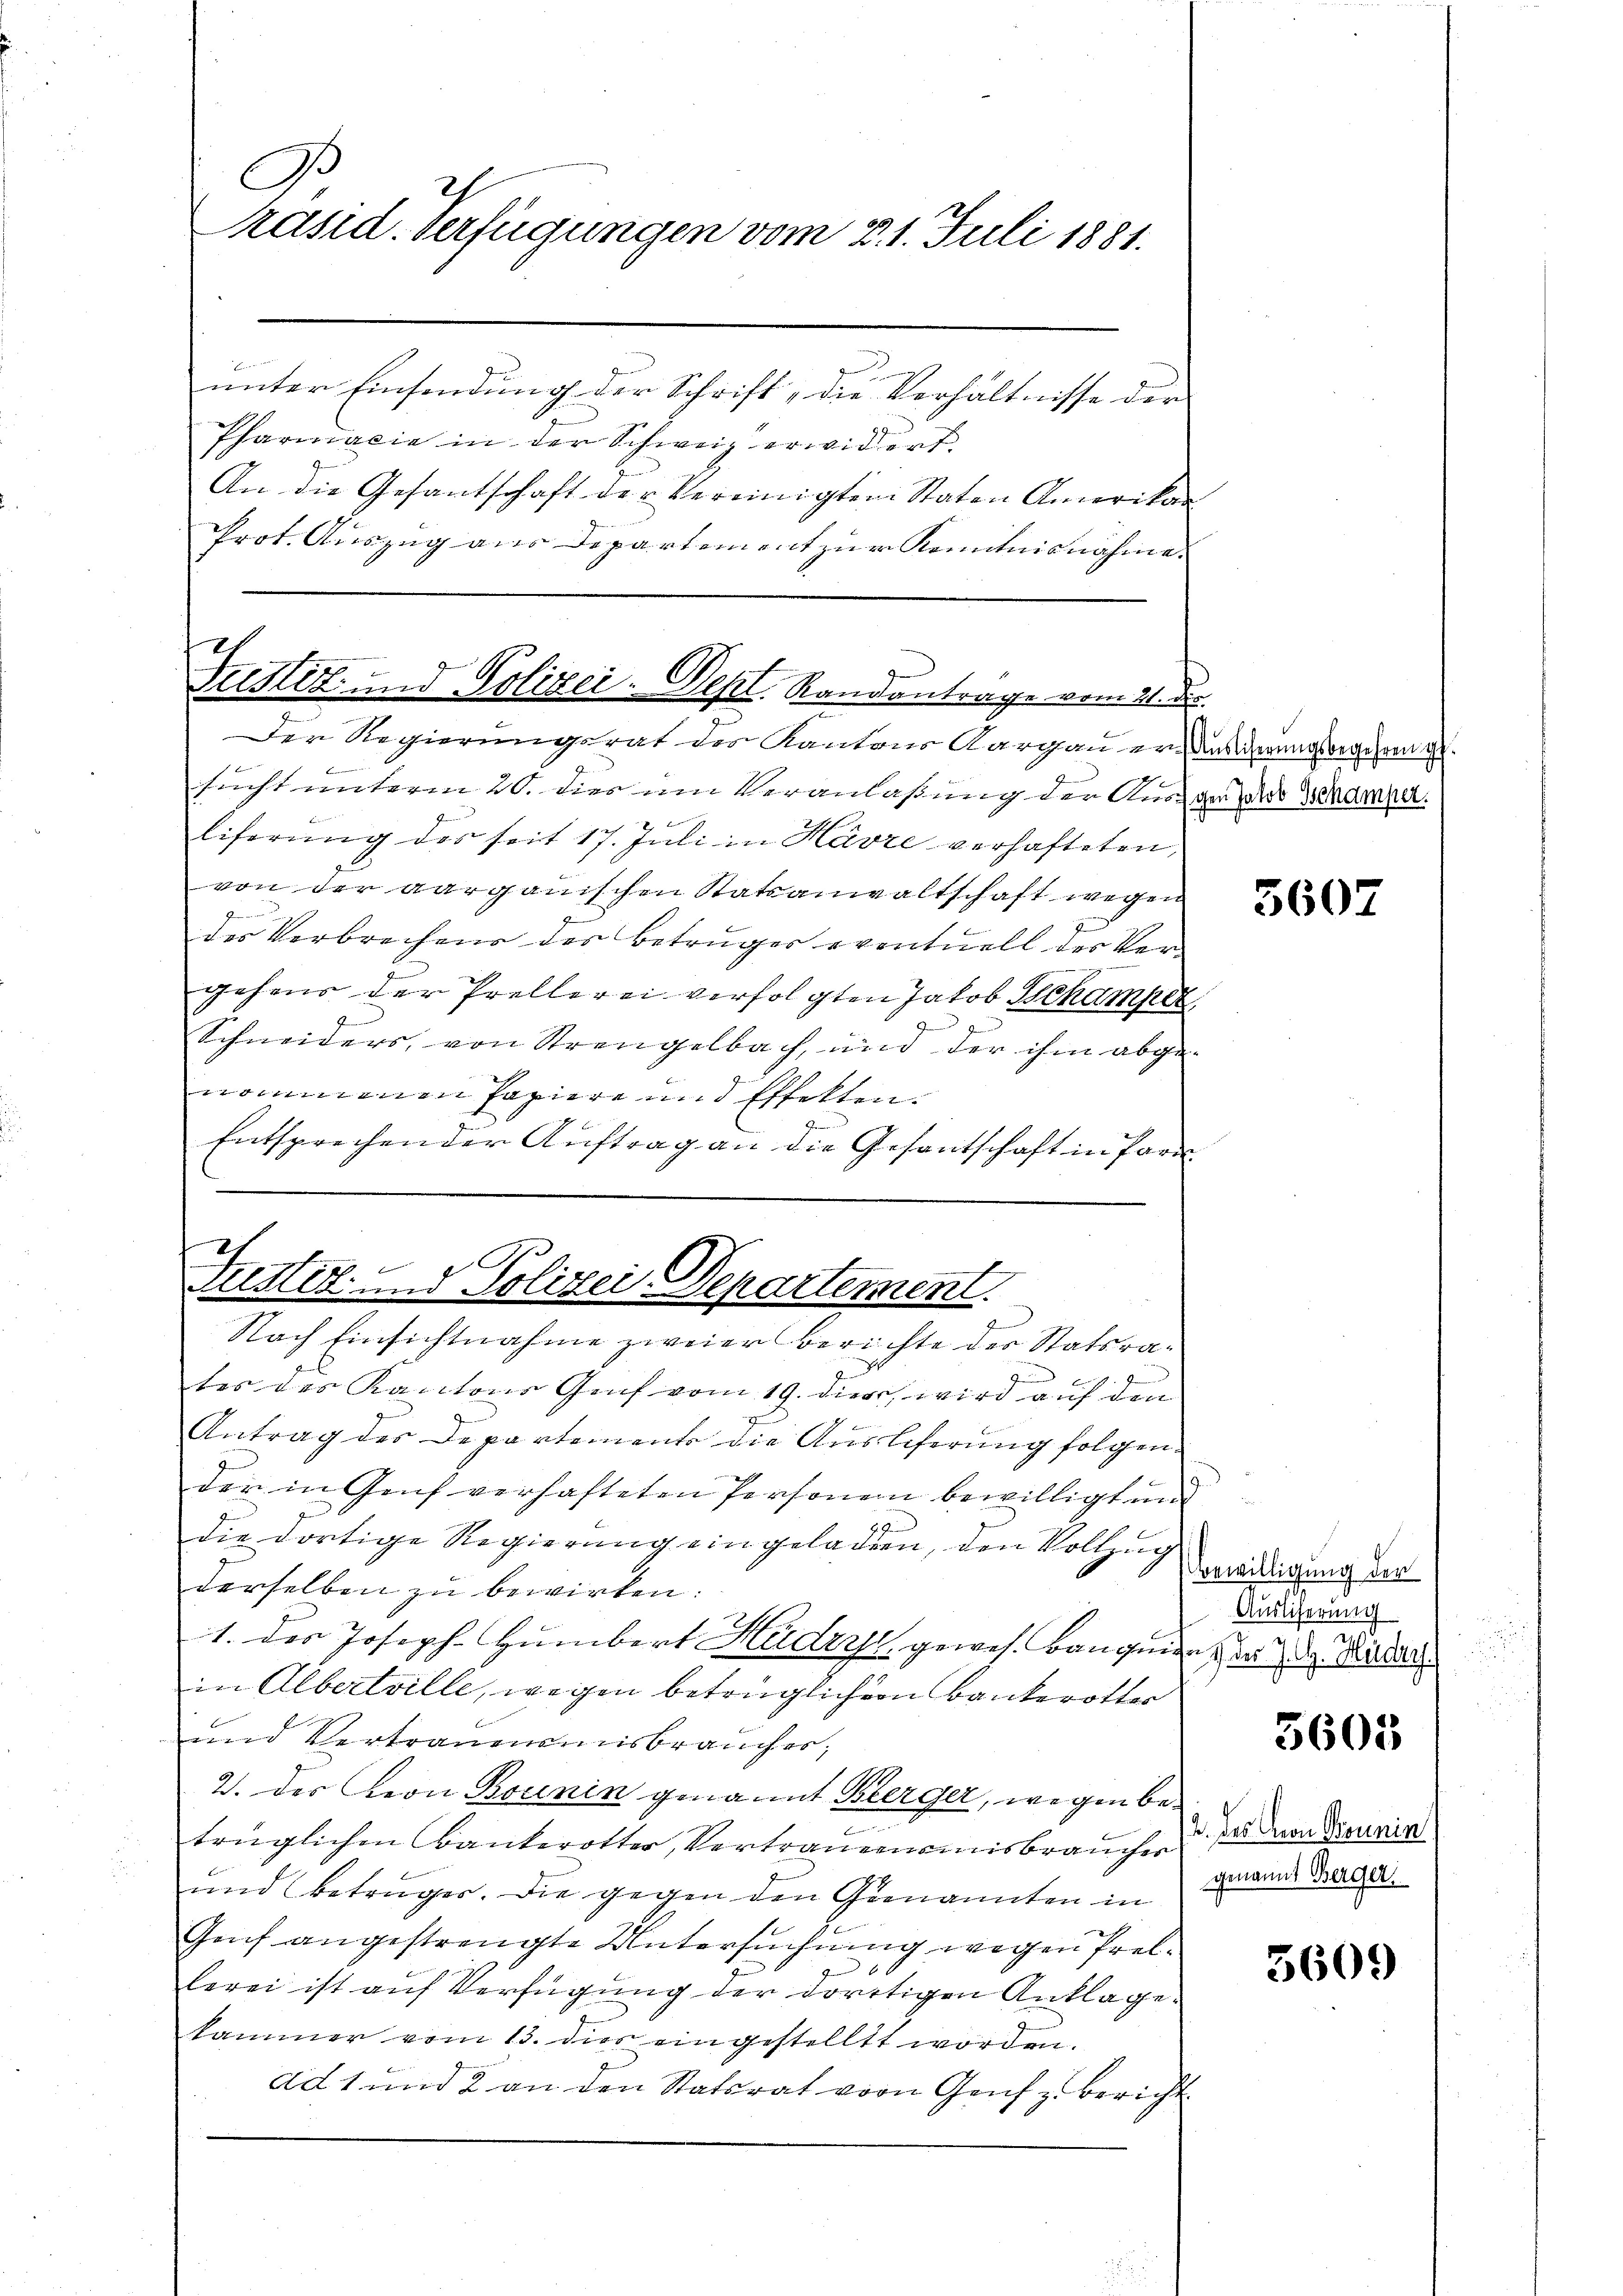
D
h
präsid. Verfügungen vom 21. Juli 1881.
unter Einsendung der Schrift, die Verhältnisse der

Pharmacie in der Schweiz erwidert.
An die Gesantschaft der Vereinigten Staten Amerikan
Prot. Auszug aus Departement zur Kenntnisnahme.

h
Fristik und Polizei- Sept. Randantrage vom 21.
Der Regierungsrat der Kantons Aargauer Ansicherungsbegehren i

b
Justiz und Polizei Departement.
Nach Einsichtnahme zweier berichte der Statsra¬

sucht unterm 20. dies um Veranlaßung der Ausgerold Werdener.
E
liferŭng des seit 17. Juli in Havre verhafteten,
von der aarganischen Statsanwaltschaft wegen
des Verbrechens des Betruges eventuell der Ver-
gehens der Prellerei verfolgten Jakob Schamper
Schneiders, von Strengelbach, und der ihm abgenommenen Papiere und Effekten.
Entsprechen der Auftrag an die Gesantschaft in Para
tes des Kantons Genf vom 19. dieer, wird auf den
F
Antrag des Departements die Auslieferung folgender in Genf verhafteten Personen bewilligt und
die dortige Regierŭng eingeladen, den Vollzug
derselben zu bewirken:
1. Der Joseph Humbert Hadzyr, gewes. Baugen d. d. Kinden.
in Albertrille, wegen betrüglicher Bankerotter
und Vertrauensmisbrauches;
2. des Leon Bounin genannt Bierger, wegen bee
trüglichen Bankerotter, Vertrauemannisbraucher
und Betrages. Die gegen den Genannten in
Genf angestrengte Untersuchung wegen Prele
lerei ist auf Verfügung der dortigen Anklagekammer vom 13. dies eingestellt worden.
ad 1 und 2 an den Statsrat vor Genf z. Bericht

r

5607

Bewilligung der
Auslieferung

5605

2. des von Bonnin
genannt Berger,

5609